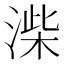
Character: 𭱨